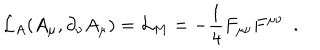
{ \cal L } _ { A } ( A _ { \mu } , \partial _ { \nu } A _ { \mu } ) = { \cal L } _ { M } = - \frac { 1 } { 4 } F _ { \mu \nu } F ^ { \mu \nu } ~ ~ .